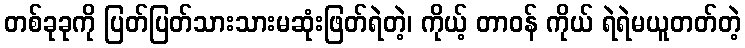
တစ်ခုခုကို ပြတ်ပြတ်သားသားမဆုံးဖြတ်ရဲတဲ့၊ ကိုယ့် တာဝန် ကိုယ် ရဲရဲမယူတတ်တဲ့